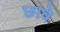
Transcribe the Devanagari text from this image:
छावे